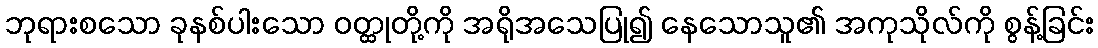
ဘုရားစသော ခုနစ်ပါးသော ဝတ္ထုတို့ကို အရိုအသေပြု၍ နေသောသူ၏ အကုသိုလ်ကို စွန့်ခြင်း